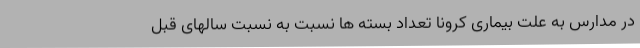
در مدارس به علت بیماری کرونا تعداد بسته ها نسبت به نسبت سالهای قبل